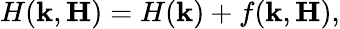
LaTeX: H(\textbf{k},\textbf{H})=H(\textbf{k})+f(\textbf{k},\textbf{H}),